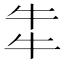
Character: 𤘧